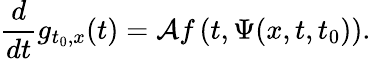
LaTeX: \frac{d}{dt}g_{t_{0},x}(t)=\mathcal{A}f\left(t,\Psi(x,t,t_{0})\right).